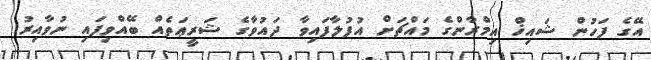
އޭގެ ފަހުން ޝައިޚް އިމްރާންގެ މައްޗަށް އުފުލާފައިވާ ދައުވާގެ ޝަރީޢަތެއް ބޭއްވިފައި ނުވާއިރު